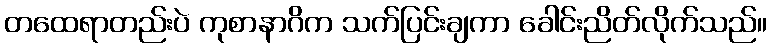
တထေရာတည်းပဲ ကုစာနာဂိက သက်ပြင်းချကာ ခေါင်းညိတ်လိုက်သည်။